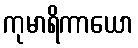
ကုမာရိကာယော